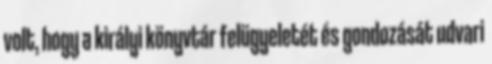
volt, hogy a királyi könyvtár felügyeletét és gondozását udvari